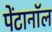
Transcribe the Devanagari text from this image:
पेंटानॉल